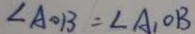
\angle A O B = \angle A _ { 1 } O B